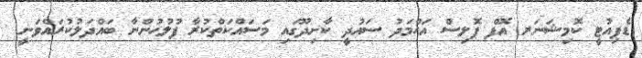
ޑެޕިއުޓީ ކޮމިޝަނަރ އޮފް ޕޮލިސް އަޙްމަދު ސައުދީ ކާށިދޫގައި މަސައްކަތްކުރާ ފުލުހުންނާ ބައްދަލުކުރައްވަނީ